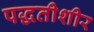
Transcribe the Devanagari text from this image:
पद्धतीशीर